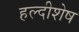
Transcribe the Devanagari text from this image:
हल्दीशेष